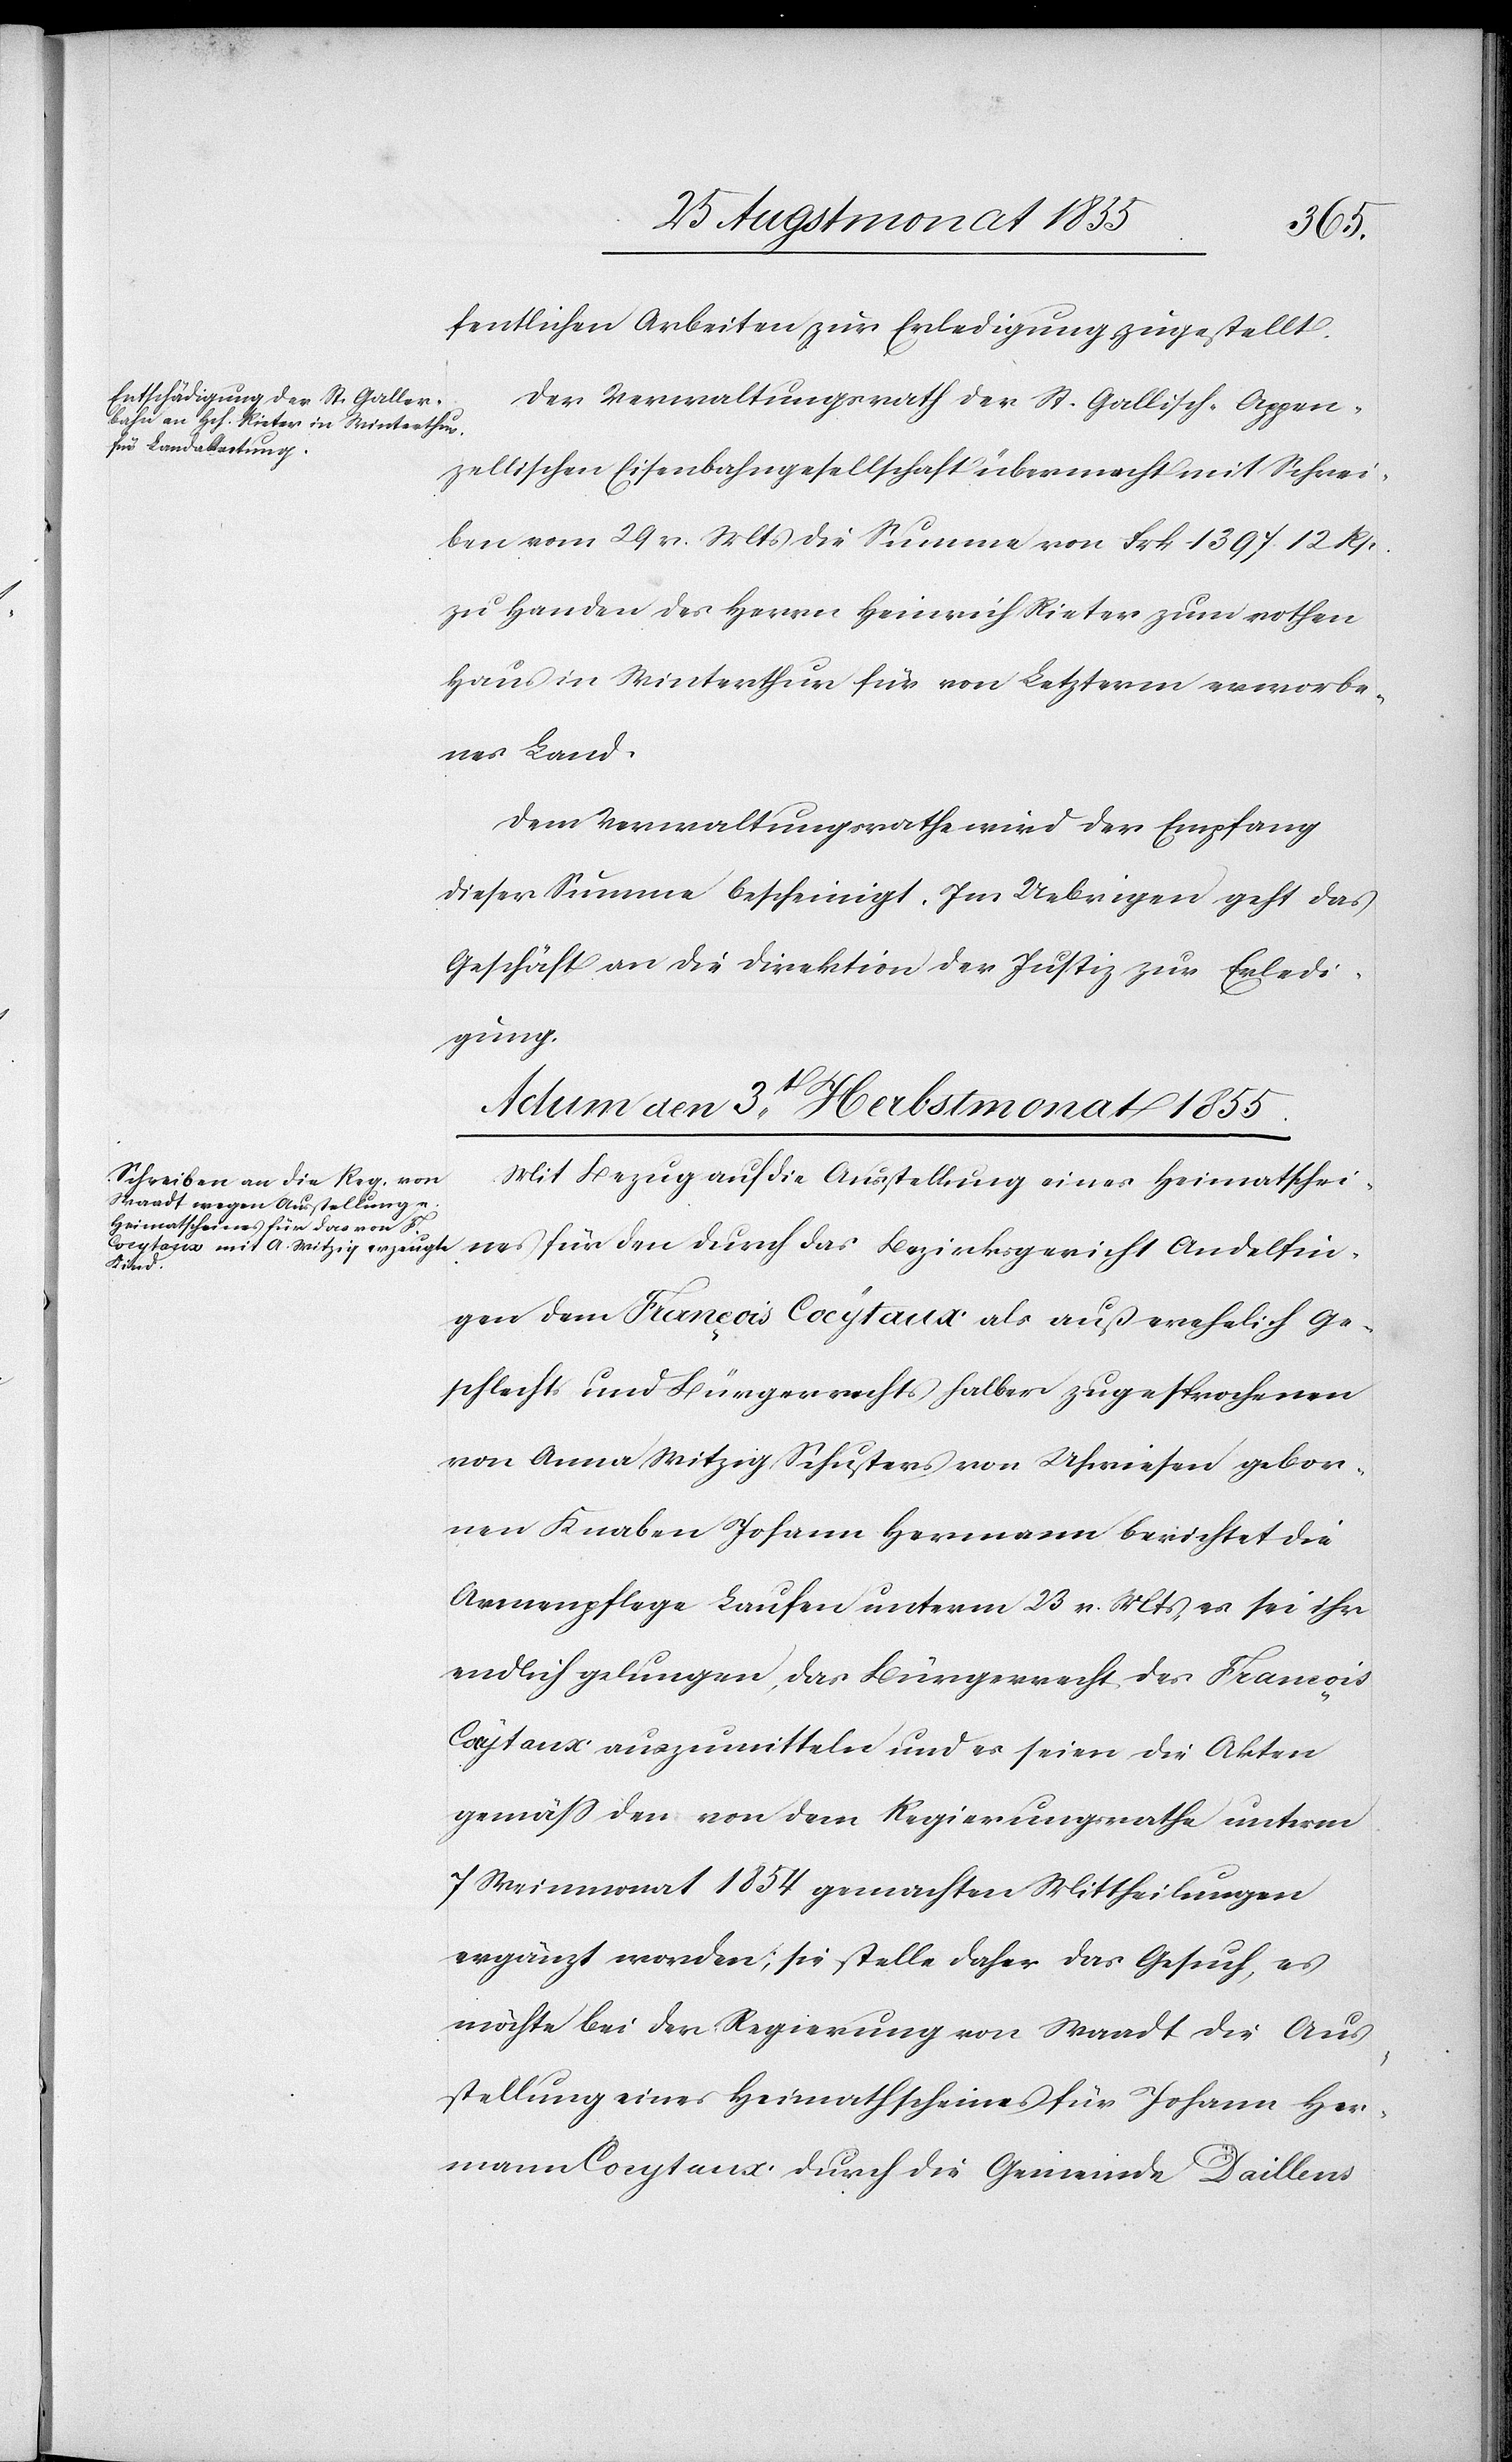
fentlichen Arbeiten zur Erledigung zugestellt.
Der Verwaltungsrath der St. Gallisch-Appen¬
zellischen Eisenbahngesellschaft übermacht mit Schrei¬
ben vom 29 v. Mts die Summe von Frk 1397. 12 Rp.
zu Handen des Herrn Heinrich Rieter zum rothen
Haus in Winterthur für von Letzterm erworbe¬
nes Land.
Dem Verwaltungsrathe wird der Empfang
dieser Summe bescheinigt. Im Uebrigen geht das
Geschäft an die Direktion der Justiz zur Erledi¬
gung.
Actum den 3t Herbstmonat 1855.
Mit Bezug auf die Ausstellung eines Heimatschei¬
nes für den durch das Bezirksgericht Andelfin¬
gen dem François Cocytaux als außerehelich Ge¬
schlechts[-] und Bürgerrechts halber zugesprochenen
von Anna Witzig Schusters von Uhwiesen gebor¬
nen Knaben Johann Hermann berichtet die
Armenpflege Laufen unterm 23 v. Mts, es sei ihr
endlich gelungen, das Bürgerrecht des François
Cocytaux auszumitteln und es seien die Akten
gemäss den von dem Regierungsrathe unterm
7 Weinmonat 1854 gemachten Mittheilungen
ergänzt worden; sie stelle daher das Gesuch, es
möchte bei der Regierung von Waadt die Aus¬
stellung eines Heimathscheines für Johann Her¬
mann Cocytaux durch die Gemeinde Daillens